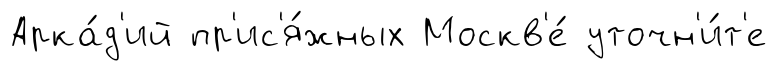
Арка́д'ий пр'ис'я́жных Москв'е́ уточн'и́т'е